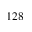
1 2 8